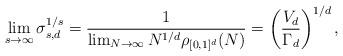
LaTeX: \begin{align*}\lim_{s\to \infty} \sigma_{s,d}^{1/s} = \frac{1}{\lim_{N\to\infty} N^{1/d}\rho_{[0,1]^d}(N)} = \left(\frac{V_d}{\Gamma_d}\right)^{1/d},\end{align*}